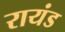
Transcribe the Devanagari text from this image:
रायंड